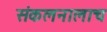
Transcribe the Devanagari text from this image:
संकलनालाच